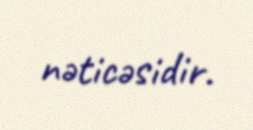
nəticəsidir.